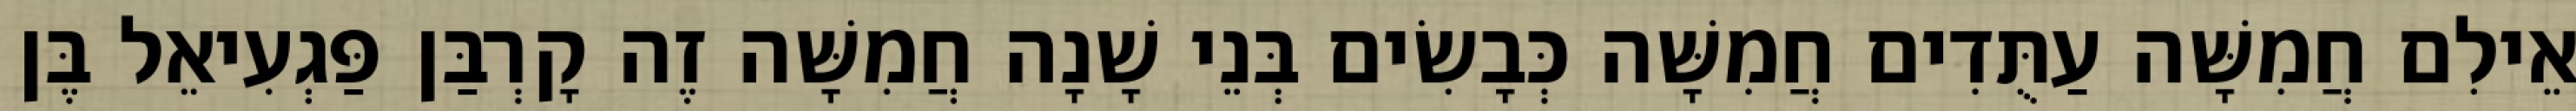
אֵילִם חֲמִשָּׁה עַתֻּדִים חֲמִשָּׁה כְּבָשִׂים בְּנֵי שָׁנָה חֲמִשָּׁה זֶה קָרְבַּן פַּגְעִיאֵל בֶּן